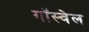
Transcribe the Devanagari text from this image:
गॉस्वेल